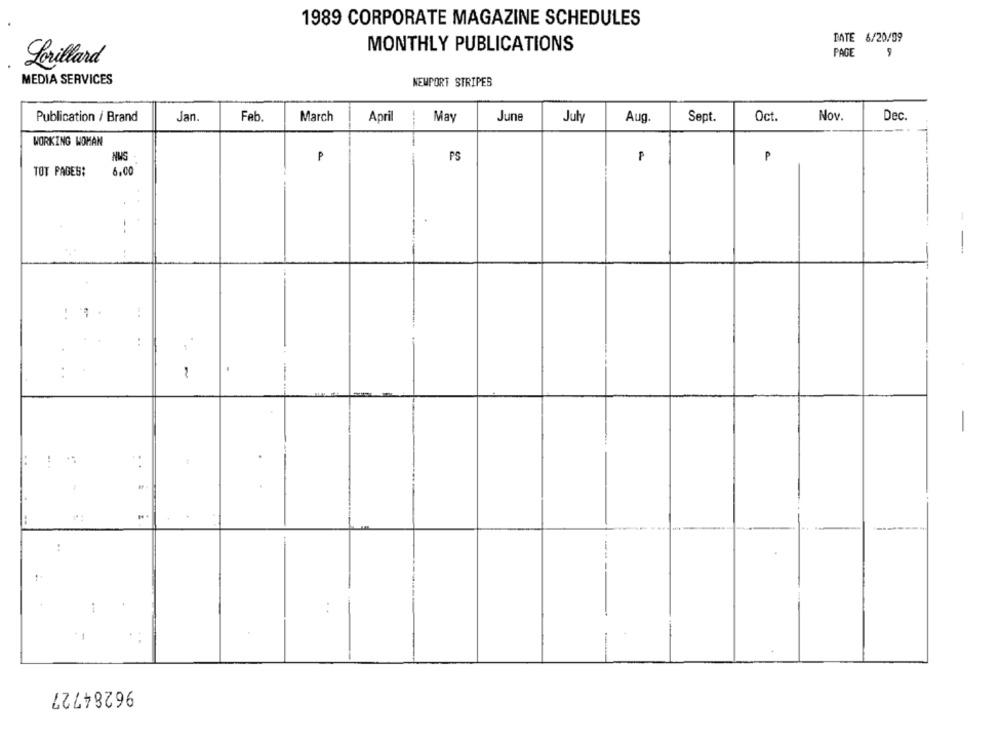
1989 CORPORATE MAGAZINE SCHEDULES
DATE 6/20/39
MONTHLY PUBLICATIONS
PAGE
Lorillard
MEDIA SERVICES
NEWPORT STRIPES
Publication / Brand
Jan.
Feb.
March
April
May
June
July
Aug.
Sept.
Oct.
Nov.
Dec.
WORKING WOMAN
NUS
P
PS
P
₱
TOT PAGES:
6.00
--
:
:
96284727